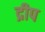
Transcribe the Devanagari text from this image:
द्रीप